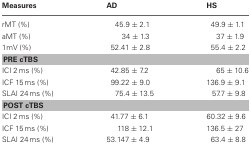
| Measures | AD | HS |
 | --- | --- | --- |
 | rMT (%) | 45.9 ± 2.1 | 49.9 ± 1.1 |
 | aMT (%) | 34 ± 1.3 | 37 ± 1.9 |
 | 1mV (%) | 52.41 ± 2.8 | 55.4 ± 2.2 |
 | <COLSPAN=3> PRE cTBS |
 | ICI 2 ms (%) | 42.85 ± 7.2 | 65 ± 10.6 |
 | ICF 15 ms (%) | 99.22 ± 9.0 | 136.9 ± 9.1 |
 | SLAI 24 ms (%) | 75.4 ± 13.5 | 57.7 ± 9.8 |
 | <COLSPAN=3> POST cTBS |
 | ICI 2 ms (%) | 41.77 ± 6.1 | 60.32 ± 9.6 |
 | ICF 15 ms (%) | 118 ± 12.1 | 136.5 ± 27 |
 | SLAI 24 ms (%) | 53.147 ± 4.9 | 63.4 ± 8.8 |